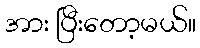
အား ပြီးတော့မယ်။